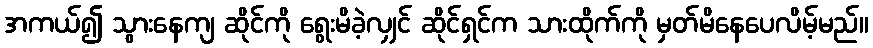
အကယ်၍ သွားနေကျ ဆိုင်ကို ရွေးမိခဲ့လျှင် ဆိုင်ရှင်က သားထိုက်ကို မှတ်မိနေပေလိမ့်မည်။